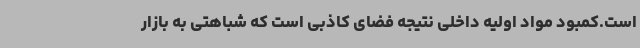
است.کمبود مواد اولیه داخلی نتیجه فضای کاذبی است که شباهتی به بازار